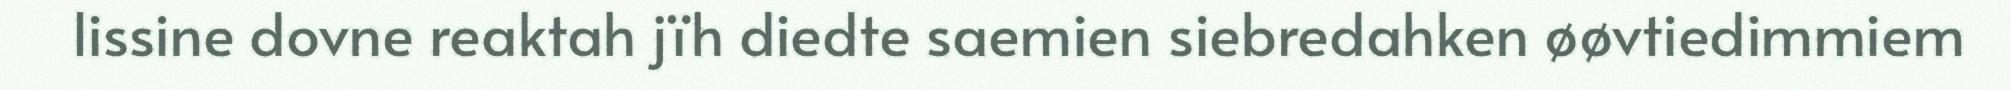
lissine dovne reaktah jïh diedte saemien siebredahken øøvtiedimmiem